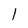
Character: l